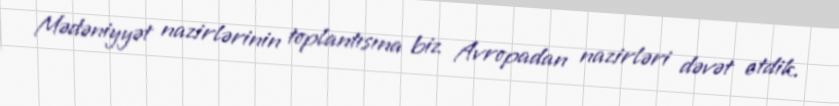
Mədəniyyət nazirlərinin toplantısına biz Avropadan nazirləri dəvət etdik.